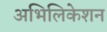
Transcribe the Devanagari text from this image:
अभिलिकेशन